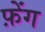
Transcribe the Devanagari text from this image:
फ़ेंग